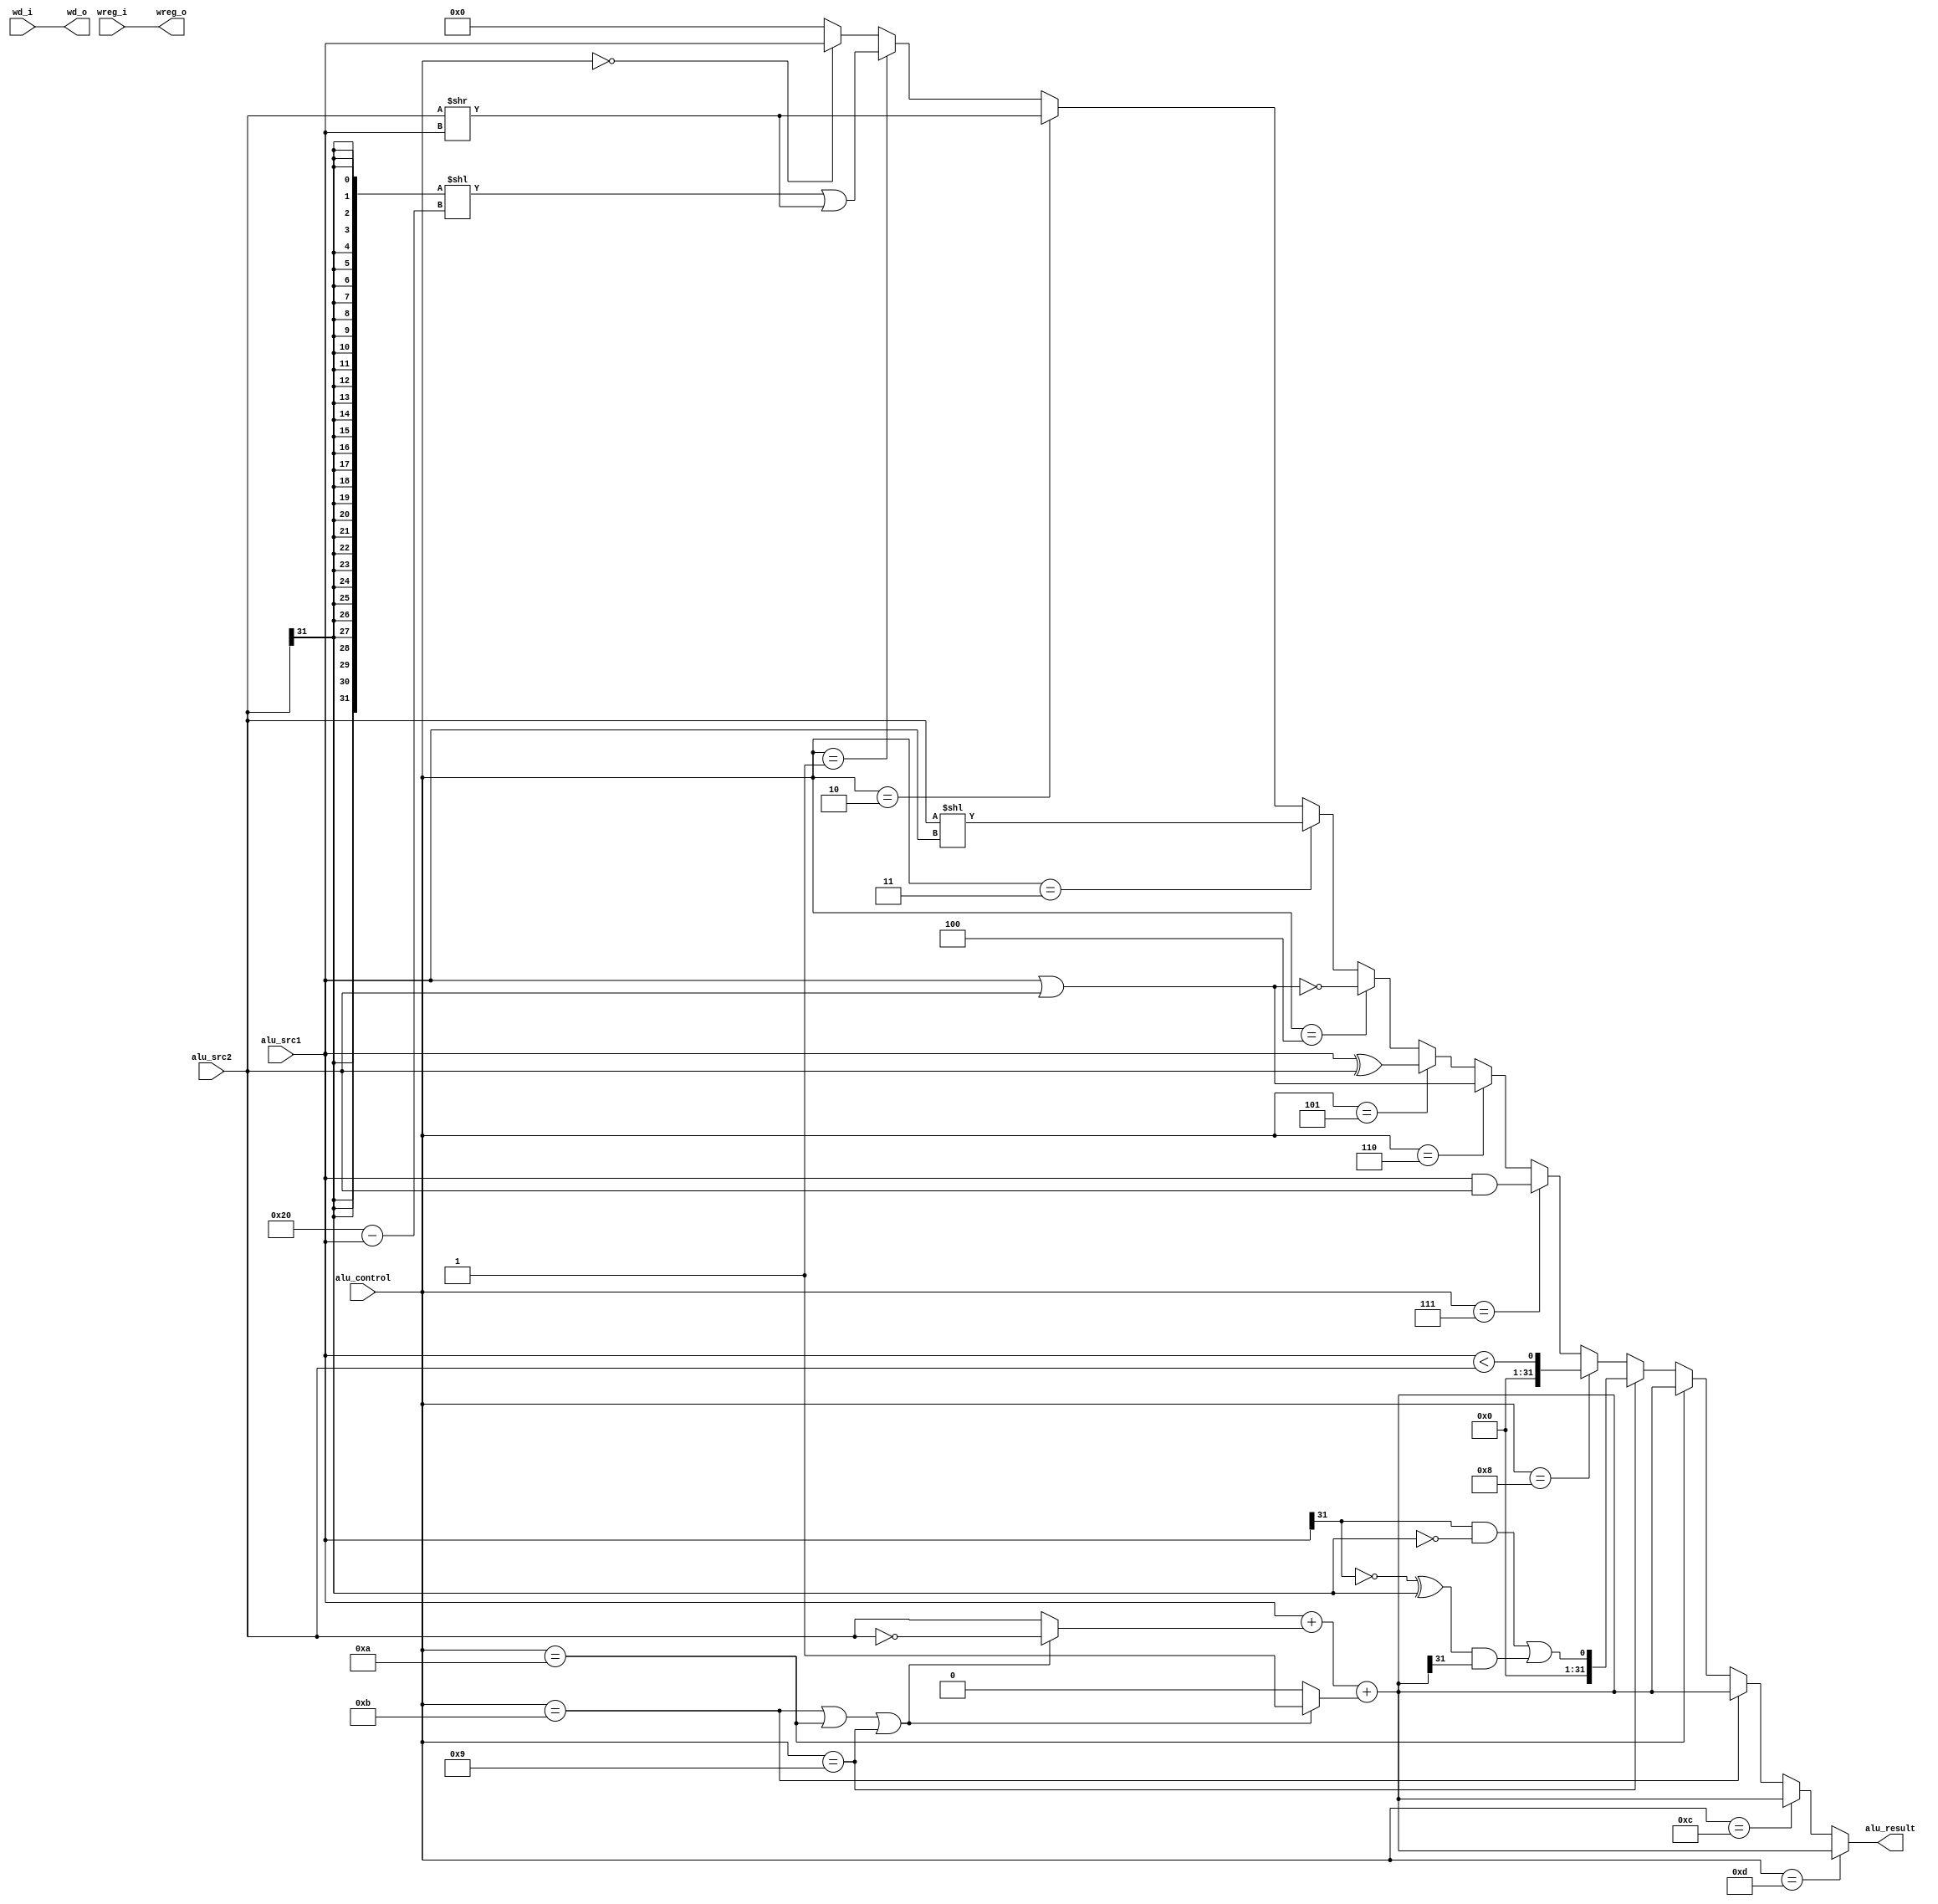
`timescale 1ns / 1ps
//////////////////////////////////////////////////////////////////////////////////
// Company: 
// Engineer: 
// 
// Design Name: 
// Module Name: alu
// Project Name: 
// Target Devices: 
// Tool Versions: 
// Description: 
// 
// Dependencies: 
// 
// Revision:
// Revision 0.01 - File Created
// Additional Comments:
// 
//////////////////////////////////////////////////////////////////////////////////


module alu(
    input wire[3:0] alu_control,
    input wire[31:0] alu_src1,
    input wire[31:0] alu_src2,
    input wire[4:0] wd_i,
    input wire wreg_i,
    output wire[31:0] alu_result,
    output wire[4:0] wd_o,
    output wire wreg_o
    );
    
    wire[31:0] add_sub_result;
    wire[31:0] slt_result;
    wire[31:0] sltu_result;
    wire[31:0] and_result;
    wire[31:0] or_result;
    wire[31:0] xor_result;
    wire[31:0] nor_result;
    wire[31:0] sll_result;
    wire[31:0] sra_result;
    wire[31:0] srl_result;
    wire[31:0] lui_result;
    wire[31:0] adder_result;
    wire adder_cout;
    wire adder_cin;
    wire[31:0] adder_a;
    wire[31:0] adder_b;
    assign adder_a=alu_src1;
    assign adder_b=((alu_control==11)
                    ||(alu_control==10)
                    ||(alu_control==9))?
                    ~alu_src2:alu_src2;
    assign adder_cin=((alu_control==11)
                    ||(alu_control==10)
                    ||(alu_control==9))?
                    1:0;
    assign {adder_cout,adder_result}=adder_a+adder_b+adder_cin;
    assign add_sub_result=adder_result;
    assign slt_result[31:1]=31'b0;
    assign slt_result[0]=(alu_src1[31]&(~alu_src2[31]))
                            ||((~(alu_src1[31])^alu_src2[31])&adder_result[31]);
    assign sltu_result[31:1]=31'b0;
    assign sltu_result[0]=(alu_src1<alu_src2);
    assign and_result=alu_src1&alu_src2;
    assign or_result=alu_src1|alu_src2;
    assign xor_result=alu_src1^alu_src2;
    assign nor_result=~(alu_src1|alu_src2);
    assign sll_result=alu_src2<<alu_src1;
    assign srl_result=alu_src2>>alu_src1;
    assign sra_result=({32{alu_src2[31]}}<<(6'd32-alu_src1))|(alu_src2>>alu_src1);
    assign lui_result=alu_src1;
    assign alu_result=(alu_control==4'd13)?add_sub_result:
                      (alu_control==4'd12)?add_sub_result:
                      (alu_control==4'd11)?add_sub_result:
                      (alu_control==4'd10)?add_sub_result:
                      (alu_control==4'd9)?slt_result:
                      (alu_control==4'd8)?sltu_result:
                      (alu_control==4'd7)?and_result:
                      (alu_control==4'd6)?or_result:
                      (alu_control==4'd5)?xor_result:
                      (alu_control==4'd4)?nor_result:
                      (alu_control==4'd3)?sll_result:
                      (alu_control==4'd2)?srl_result:
                      (alu_control==4'd1)?sra_result:
                      (alu_control==4'd0)?lui_result:
                      0;
    assign wd_o=wd_i;
    assign wreg_o=wreg_i;
endmodule